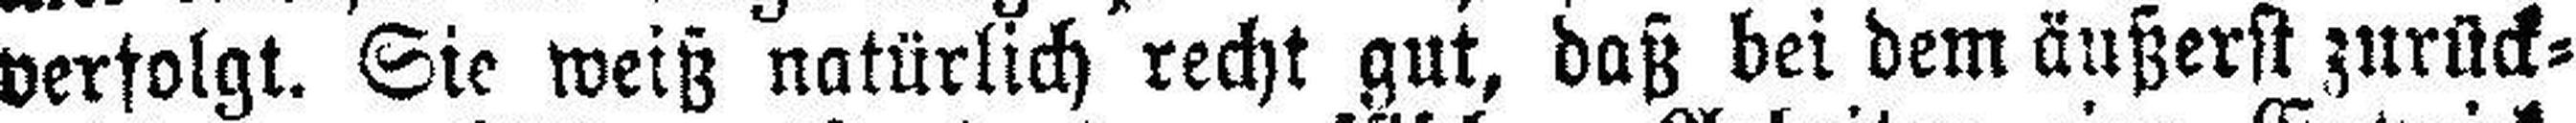
verfolgt. Sie weiß natürlich recht gut, daß bei dem äußerst zurück¬